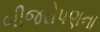
બીજરોપણના